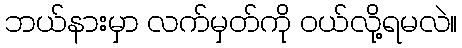
ဘယ်နားမှာ လက်မှတ်ကို ဝယ်လို့ရမလဲ။